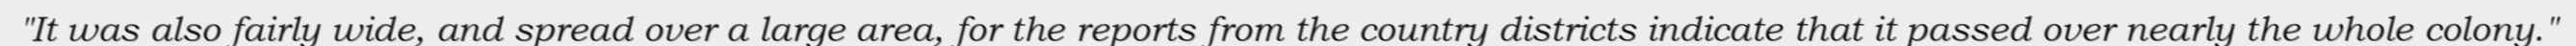
"It was also fairly wide, and spread over a large area, for the reports from the country districts indicate that it passed over nearly the whole colony."